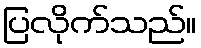
ပြလိုက်သည်။